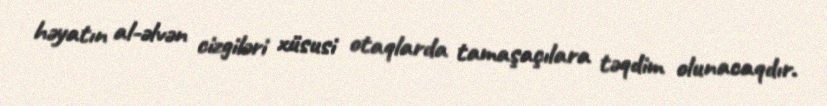
həyatın al-əlvən cizgiləri xüsusi otaqlarda tamaşaçılara təqdim olunacaqdır.